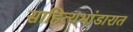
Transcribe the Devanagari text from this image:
साहित्यभांडारात